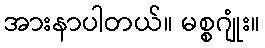
အားနာပါတယ်။ မစ္စဂျုံး။